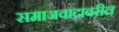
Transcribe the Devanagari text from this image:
समाजवादावरील